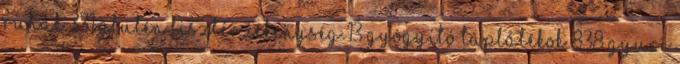
ruhák 331 Glutén lisztérzékenység 13 Gyógyító táplálékok 838 Gyuri